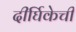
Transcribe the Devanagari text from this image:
दीर्घिकेची